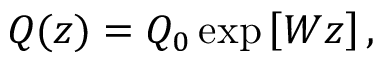
Q ( z ) = Q _ { 0 } \exp \left[ W z \right] ,